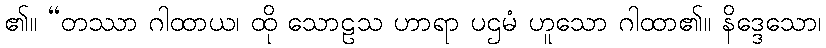
၏။ “တဿာ ဂါထာယ၊ ထို သောဠသ ဟာရာ ပဌမံ ဟူသော ဂါထာ၏။ နိဒ္ဒေသော၊